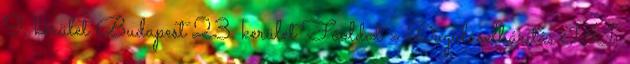
9. kerület Budapest 23. kerület Főoldal » Duguláselhárítás III.